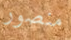
منصور